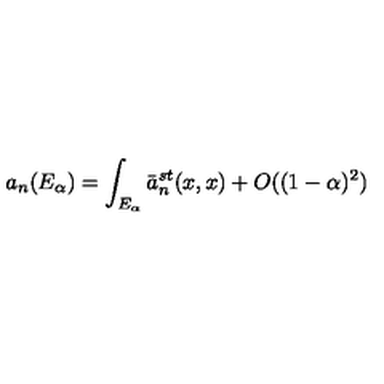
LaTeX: a _ { n } ( E _ { \alpha } ) = \int _ { E _ { \alpha } } \bar { a } _ { n } ^ { s t } ( x , x ) + O ( ( 1 - \alpha ) ^ { 2 } )